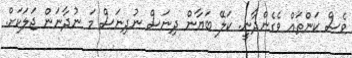
ވެސް ކަންތައް ވެގެންދާނީ. ކަލޭ ބަޔާން ދިނަސް ނުދިނަސް މަ ނުދާނަން ޖަލަކަށް.